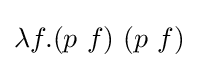
\lambda f.(p\ f)\ (p\ f)